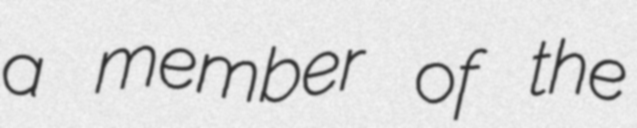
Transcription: a member of the